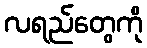
လရည်တွေကို